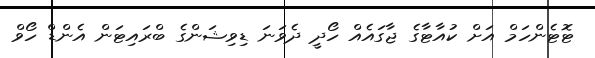
ޓޮޓެންހަމް އަށް ކުއާޓާގެ ޖާގައެއް ހޯދީ ދެވަނަ ޑިވިޝަންގެ ބްރައިޓަން އެންޑް ހޯވް